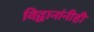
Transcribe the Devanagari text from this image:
विद्वानांनीही